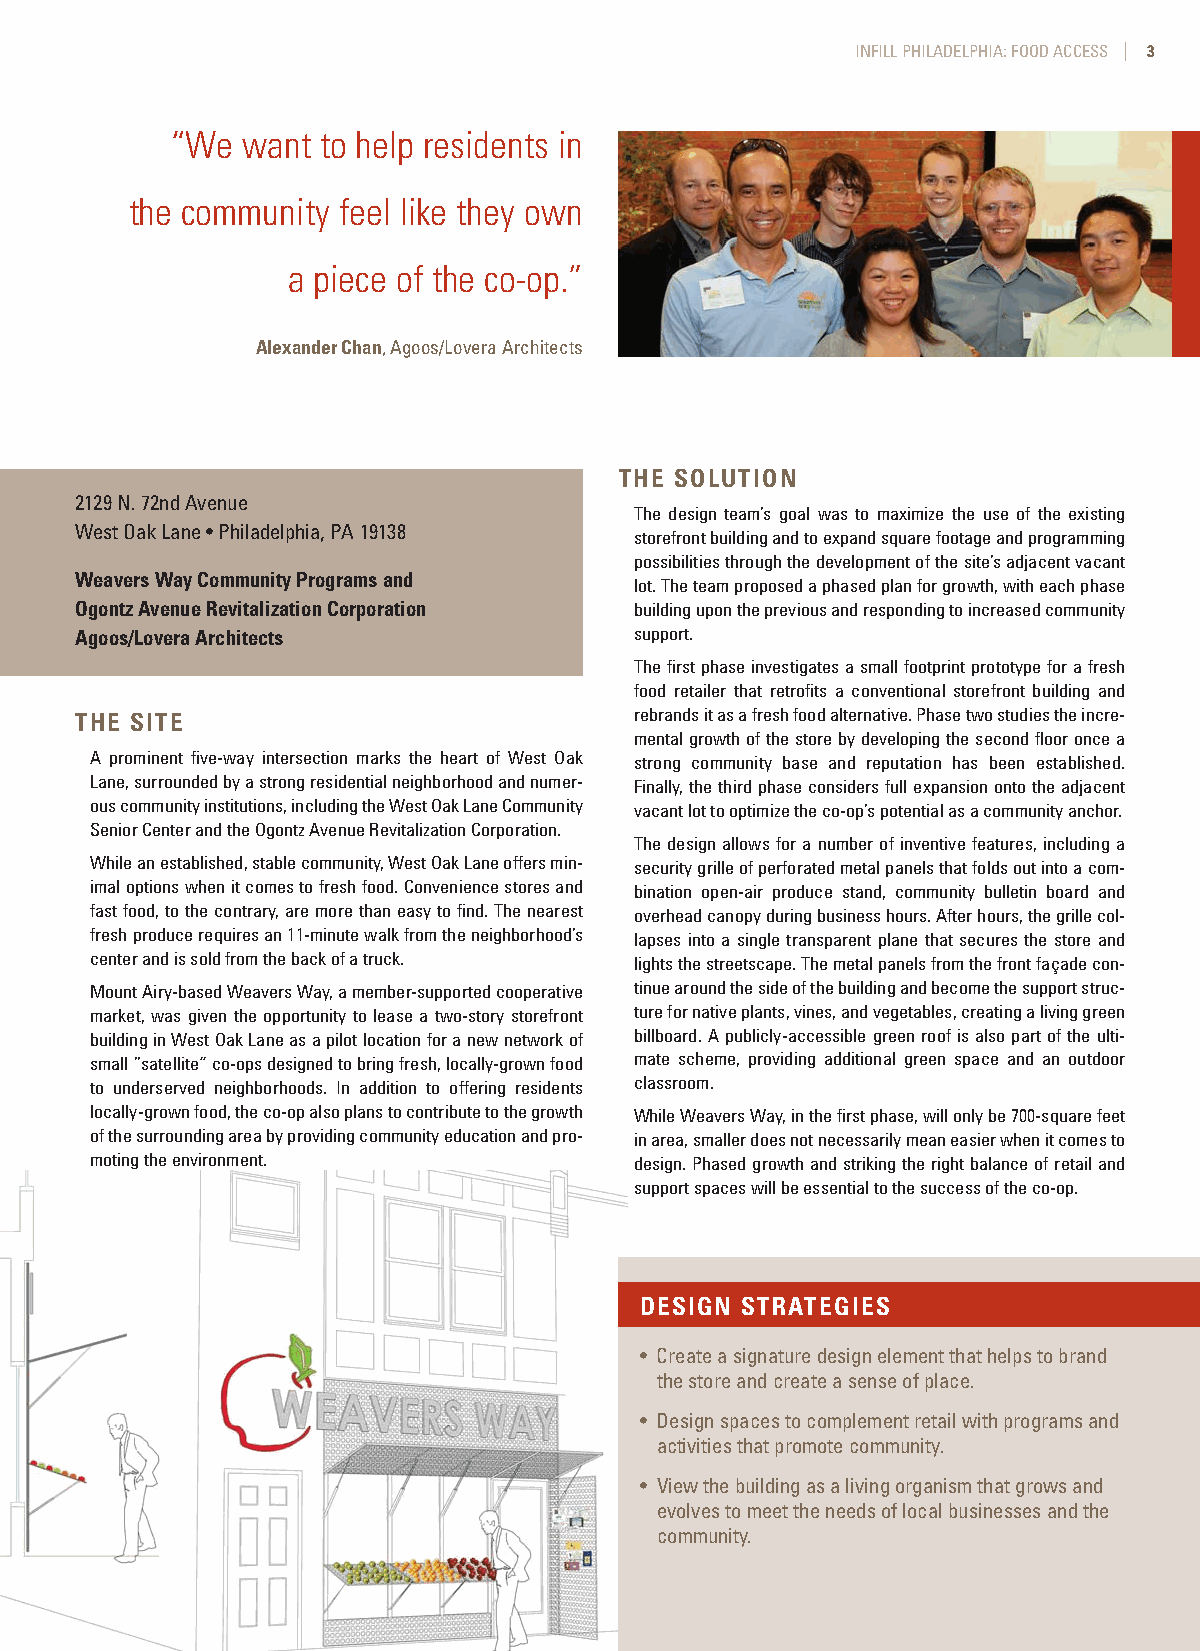
CDCInfillPub_08FIN.qxd 1/15/09 5:06 PM Page 3
 INFILL PHILADELPHIA: FOOD ACCESS | 3
 “We  want to help residents in
 the community feel like they own
 a piece of the co-op.”
 Alexander Chan, Agoos/Lovera Architects
 THE SOLUTION
 2129 N. 72nd Avenue
 The design team’s goal was to maximize the use of the existing
 West Oak Lane • Philadelphia, PA 19138
 storefront building and to expand square footage and programming
 possibilities through the development of the site’s adjacent vacant
 Weavers Way Community Programs and
 lot. The team proposed a phased plan for growth, with each phase
 Ogontz Avenue Revitalization Corporation building upon the previous and responding to increased community
 Agoos/Lovera Architects              support.
 The first phase investigates a small footprint prototype for a fresh
 food retailer that retrofits a conventional storefront building and
 THE SITE                             rebrands it as a fresh food alternative. Phase two studies the incre-
 mental growth of the store by developing the second floor once a
 A prominent five-way intersection marks the heart of West Oak strong community base and reputation has been established.
 Lane, surrounded by a strong residential neighborhood and numer- Finally, the third phase considers full expansion onto the adjacent
 ous community institutions, including the West Oak Lane Community vacant lot to optimize the co-op’s potential as a community anchor.
 Senior Center and the Ogontz Avenue Revitalization Corporation.
 The design allows for a number of inventive features, including a
 While an established, stable community, West Oak Lane offers min- security grille of perforated metal panels that folds out into a com-
 imal options when it comes to fresh food. Convenience stores and bination open-air produce stand, community bulletin board and
 fast food, to the contrary, are more than easy to find. The nearest overhead canopy during business hours. After hours, the grille col-
 fresh produce requires an 11-minute walk from the neighborhood’s lapses into a single transparent plane that secures the store and
 center and is sold from the back of a truck. lights the streetscape. The metal panels from the front façade con-
 Mount Airy-based Weavers Way, a member-supported cooperative tinue around the side of the building and become the support struc-
 market, was given the opportunity to lease a two-story storefront ture for native plants, vines, and vegetables, creating a living green
 building in West Oak Lane as a pilot location for a new network of billboard. A publicly-accessible green roof is also part of the ulti-
 small “satellite” co-ops designed to bring fresh, locally-grown food mate scheme, providing additional green space and an outdoor
 to underserved neighborhoods. In addition to offering residents classroom.
 locally-grown food, the co-op also plans to contribute to the growth While Weavers Way, in the first phase, will only be 700-square feet
 of the surrounding area by providing community education and pro- in area, smaller does not necessarily mean easier when it comes to
 moting the environment.             design. Phased growth and striking the right balance of retail and
 support spaces will be essential to the success of the co-op.
 DESIGN STRATEGIES
 • Create a signature design element that helps to brand
 the store and create a sense of place.
 • Design spaces to complement retail with programs and
 activities that promote community.
 • View the building as a living organism that grows and
 evolves to meet the needs of local businesses and the
 community.